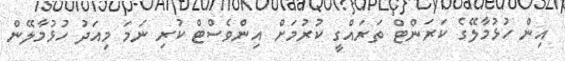
އިން ހުޅުމާލޭގެ ކަރަންޓް ތަރައްގީ ކުރުމަށް އިންވެސްޓް ކުރި ނަމަ މިއަދު ހުޅުމާލޭން